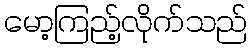
မော့ကြည့်လိုက်သည်